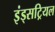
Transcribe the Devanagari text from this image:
इंड्सट्रियल